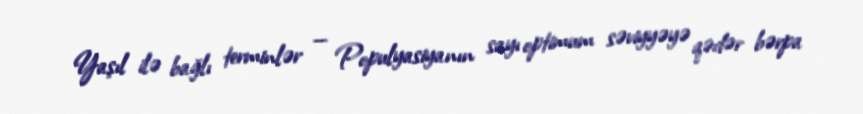
Yaşıl ilə bağlı terminlər — Populyasiyanın sayı optimum səviyyəyə qədər bərpa